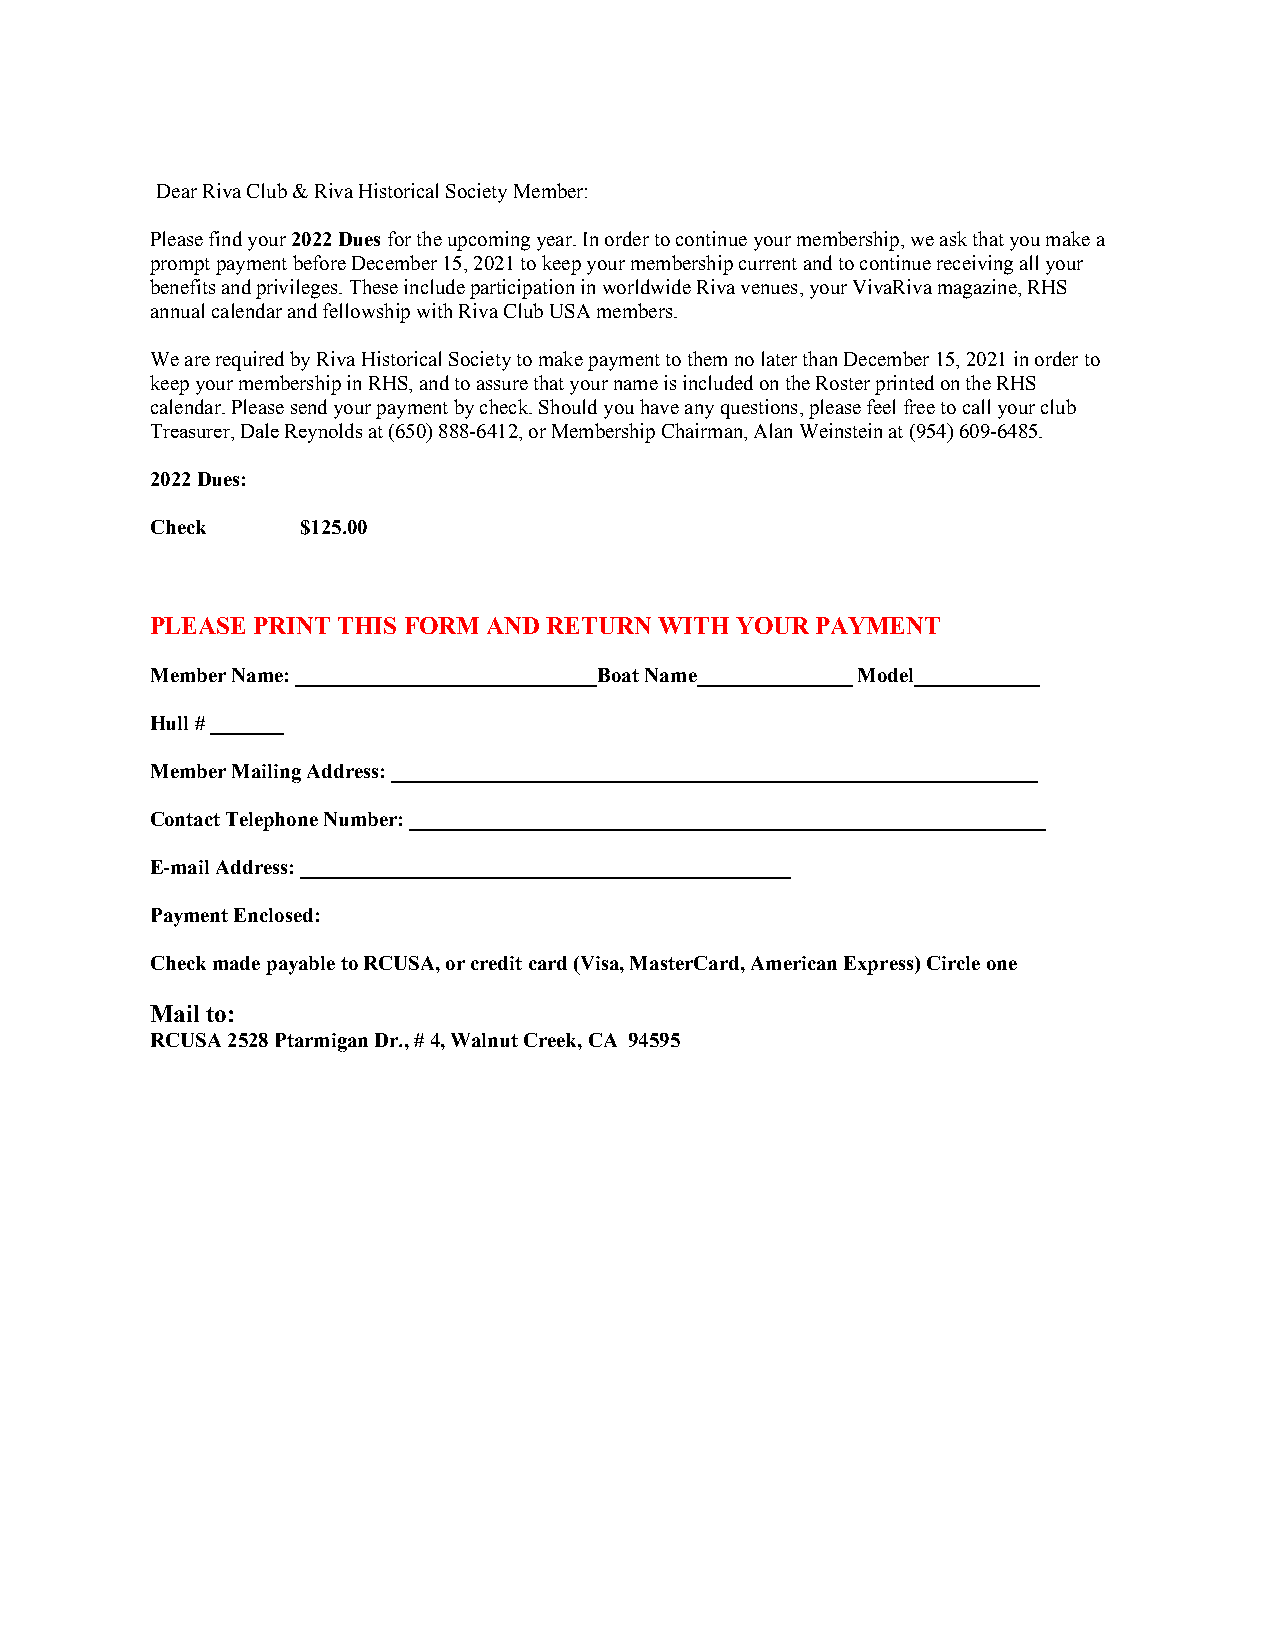
Dear Riva Club & Riva Historical Society Member:
 Please find your 2022 Dues for the upcoming year. In order to continue your membership, we ask that you make a
 prompt payment before December 15, 2021 to keep your membership current and to continue receiving all your
 benefits and privileges. These include participation in worldwide Riva venues, your VivaRiva magazine, RHS
 annual calendar and fellowship with Riva Club USA members.
 We are required by Riva Historical Society to make payment to them no later than December 15, 2021 in order to
 keep your membership in RHS, and to assure that your name is included on the Roster printed on the RHS
 calendar. Please send your payment by check. Should you have any questions, please feel free to call your club
 Treasurer, Dale Reynolds at (650) 888-6412, or Membership Chairman, Alan Weinstein at (954) 609-6485.
 2022 Dues:
 Check     $125.00
 PLEASE PRINT THIS FORM AND RETURN WITH YOUR PAYMENT
 Member Name: _____________________________Boat Name_______________ Model____________
 Hull # _______
 Member Mailing Address: ______________________________________________________________
 Contact Telephone Number: _____________________________________________________________
 E-mail Address: _______________________________________________
 Payment Enclosed:
 Check made payable to RCUSA, or credit card (Visa, MasterCard, American Express) Circle one
 Mail to:
 RCUSA 2528 Ptarmigan Dr., # 4, Walnut Creek, CA 94595